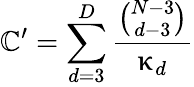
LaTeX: \mathbb{C}^{\prime}=\sum_{d=3}^{D}\frac{{\binom{N-3}{d-3}}}{{\upkappa_{d}}}